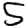
Digit: 5